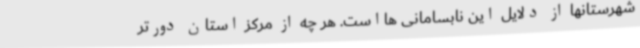
شهرستانها از دلایل این نابسامانی هااست. هر چه از مرکز استان دورتر